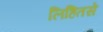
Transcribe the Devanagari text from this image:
लिहितसे